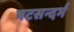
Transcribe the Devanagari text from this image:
षटसन्दर्भ